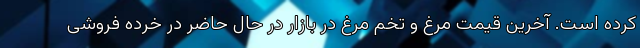
کرده است. آخرین قیمت مرغ و تخم مرغ در بازار در حال حاضر در خرده فروشی